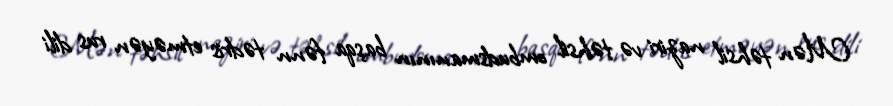
Mən təhsil naziri və təhsil ombudsmanının başqa fənn tədris etməyən rus dili